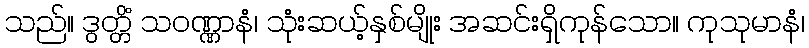
သည်။ ဒွတ္တိံ သဝဏ္ဏာနံ၊ သုံးဆယ့်နှစ်မျိုး အဆင်းရှိကုန်သော။ ကုသုမာနံ၊